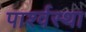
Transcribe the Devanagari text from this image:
पार्श्वस्था